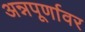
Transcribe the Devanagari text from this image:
अन्नपूर्णावर